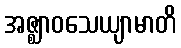
အဇ္ဈာဝသေယျာမာတိ